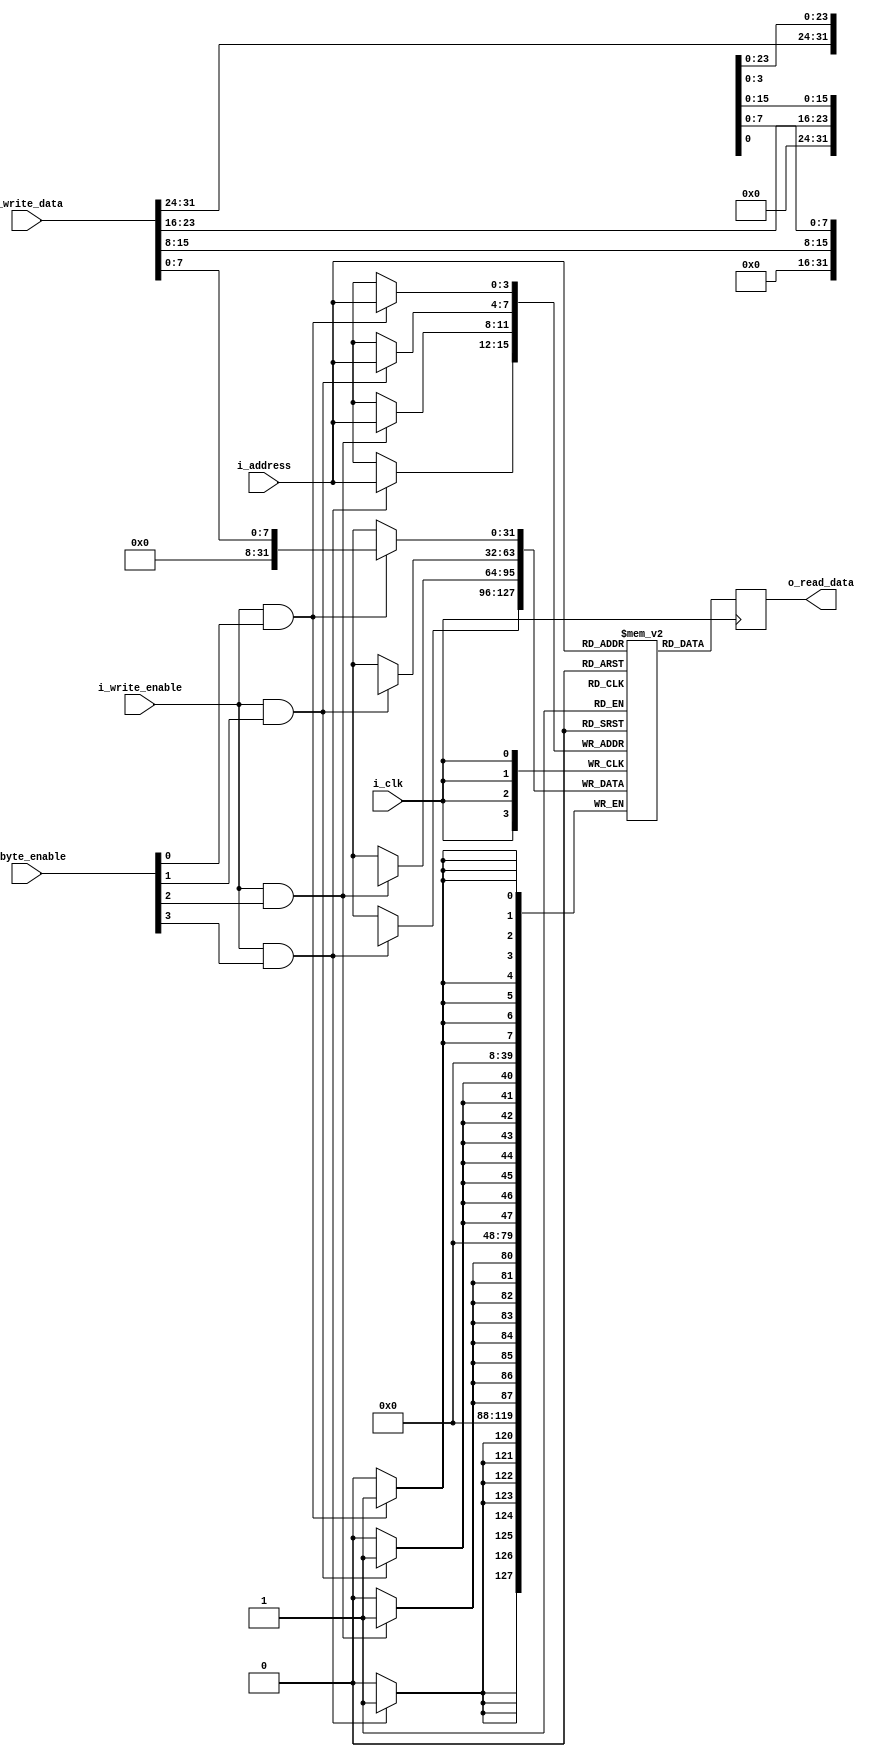
// expect-wr-ports 1
// expect-rd-ports 1

module generic_sram_byte_en #(
	parameter DATA_WIDTH    = 32,
	parameter ADDRESS_WIDTH = 4
) (
	input                           i_clk,
	input      [DATA_WIDTH-1:0]     i_write_data,
	input                           i_write_enable,
	input      [ADDRESS_WIDTH-1:0]  i_address,
	input      [DATA_WIDTH/8-1:0]   i_byte_enable,
	output reg [DATA_WIDTH-1:0]     o_read_data
);

reg [DATA_WIDTH-1:0] mem [0:2**ADDRESS_WIDTH-1];
integer i;

always @(posedge i_clk) begin
	for (i=0;i<DATA_WIDTH/8;i=i+1)
		if (i_write_enable && i_byte_enable[i])
			mem[i_address][i*8 +: 8] <= i_write_data[i*8 +: 8];
	o_read_data <= mem[i_address];
end

endmodule